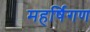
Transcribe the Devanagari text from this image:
महर्षिगण